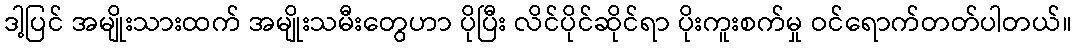
ဒါ့ပြင် အမျိုးသားထက် အမျိုးသမီးတွေဟာ ပိုပြီး လိင်ပိုင်ဆိုင်ရာ ပိုးကူးစက်မှု ဝင်ရောက်တတ်ပါတယ်။